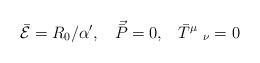
LaTeX: \begin{align*}\bar{{\cal{E}}}=R_0/\alpha',\;\;\;\vec{\bar{P}}=0,\;\;\;\bar{T}^\mu\;_\nu=0\end{align*}